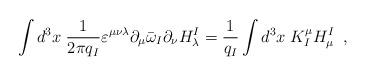
LaTeX: \begin{align*} \int d^{3}x\;\frac{1}{2\pi q_{I}}\varepsilon^{\mu\nu\lambda} \partial_{\mu}\bar{\omega}_{I}\partial_{\nu}H^{I}_{\lambda}= \frac{1}{q_{I}}\int d^{3}x\;K^{\mu}_{I}H^{I}_{\mu} \;\;,\end{align*}